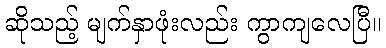
ဆိုသည့် မျက်နှာဖုံးလည်း ကွာကျလေပြီ။